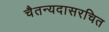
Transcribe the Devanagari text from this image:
चैतन्यदासरचित